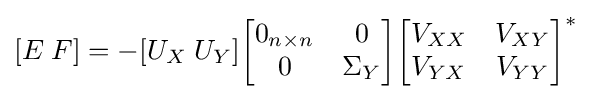
[E\;F]=-[U_{X}\;U_{Y}]{\begin{bmatrix}0_{n\times n}&0\\0&\Sigma _{Y}\end{bmatrix}}{\begin{bmatrix}V_{XX}&V_{XY}\\V_{YX}&V_{YY}\end{bmatrix}}^{*}